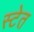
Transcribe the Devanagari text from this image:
स्टेत